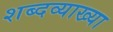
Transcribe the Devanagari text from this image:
शब्दव्याख्या